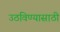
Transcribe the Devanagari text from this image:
उठविण्यासाठी